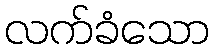
လက်ခံသော